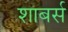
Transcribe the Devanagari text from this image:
शाबर्स